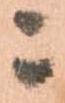
ニ